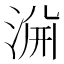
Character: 𱦺